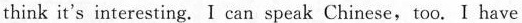
think it's interesting.I can speak Chinese,too. I have